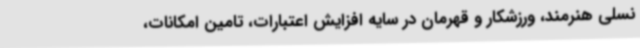
نسلی هنرمند، ورزشکار و قهرمان در سایه افزایش اعتبارات، تامین امکانات،